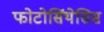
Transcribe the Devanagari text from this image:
फोटोसिंथेसिस